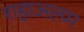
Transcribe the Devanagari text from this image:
शहाअलम